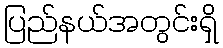
ပြည်နယ်အတွင်းရှိ